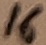
Text: 16